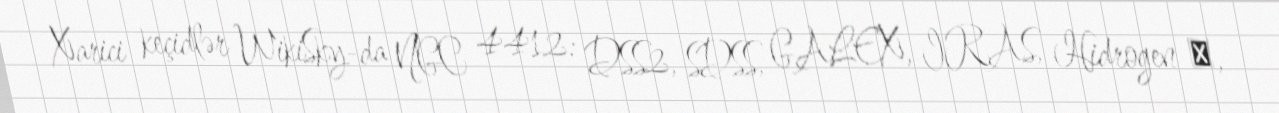
Xarici keçidlər WikiSky-da NGC 4412: DSS2, SDSS, GALEX, IRAS, Hidrogen α,